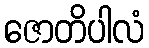
ဇောတိပါလံ